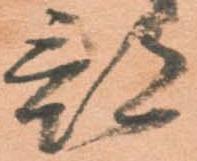
部